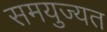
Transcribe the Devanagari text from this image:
समयुज्यत